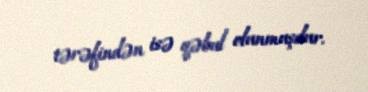
tərəfindən isə qəbul olunmuşdur.